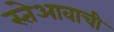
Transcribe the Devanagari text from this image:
स्तेआवाची